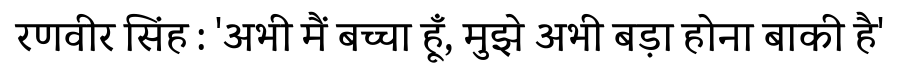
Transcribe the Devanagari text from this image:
रणवीर सिंह : 'अभी मैं बच्चा हूँ, मुझे अभी बड़ा होना बाकी है'